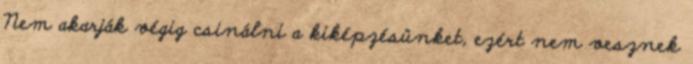
Nem akarják végig csinálni a kiképzésünket, ezért nem vesznek